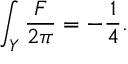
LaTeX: \int _ { Y } { \frac { F } { 2 \pi } } = - { \frac { 1 } { 4 } } .